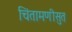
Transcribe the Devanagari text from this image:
चिंतामणीसुत